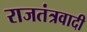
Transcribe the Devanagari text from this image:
राजतंत्रवादी